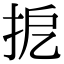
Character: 㧖